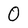
Character: 0